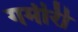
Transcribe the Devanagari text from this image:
गमीरी